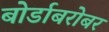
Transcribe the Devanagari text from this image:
बोर्डाबरोबर